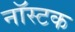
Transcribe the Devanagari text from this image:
नॉस्टक